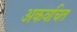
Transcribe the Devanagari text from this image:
अकवचित